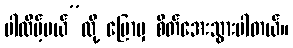
ပါလိမ့်မယ်”လို့ ပြောမှ စိတ်အေးသွားပါတယ်။